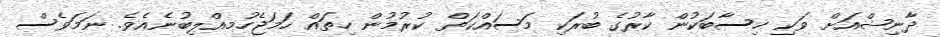
ދާނިޝްއަށް ވަކި ހިސާބަކުން ކާރުގެ ބުރަކި މަސައްކަތް ކުރުމުން ހިތައް ހަމަޖެހުމއްލިބުނެއެވެ. ނަަމަވެސް